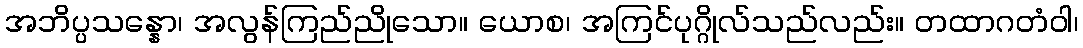
အဘိပ္ပသန္နော၊ အလွန်ကြည်ညိုသော။ ယောစ၊ အကြင်ပုဂ္ဂိုလ်သည်လည်း။ တထာဂတံဝါ၊